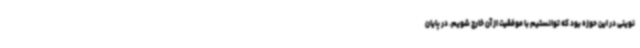
نوینی در این حوزه بود که توانستیم با موفقیت از آن خارج شویم. در پایان